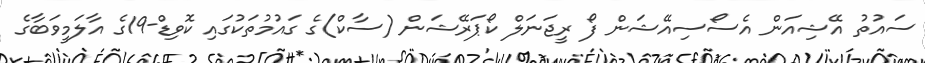
ސައުތު އޭޝިއަން އެސޯސިއޭޝަން ފޯ ރީޖަނަލް ކޯޕަރޭޝަން (ސާކް)ގެ ގައުމުތަކުގައި ކޮވިޑް-19ގެ އާލަމީވަބާގެ